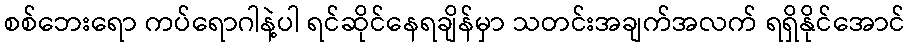
စစ်ဘေးရော ကပ်ရောဂါနဲ့ပါ ရင်ဆိုင်နေရချိန်မှာ သတင်းအချက်အလက် ရရှိနိုင်အောင်